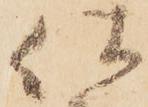
仕